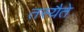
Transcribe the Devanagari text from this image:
तस्यैते